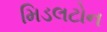
મિડલટોન